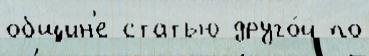
общин'е статью друго́й по